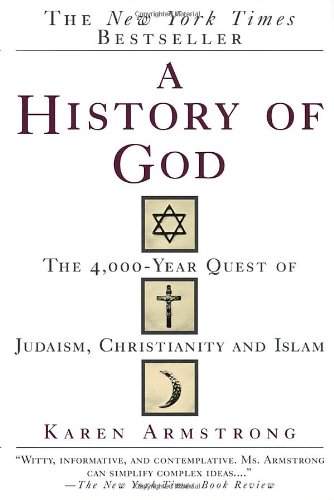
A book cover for A History of God: The 4,000-Year Quest of Judaism, Christianity and Islam; Karen Armstrong; History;